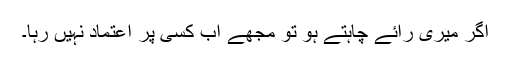
اگر میری رائے چاہتے ہو تو مجھے اب کسی پر اعتماد نہیں رہا۔